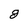
Character: 8